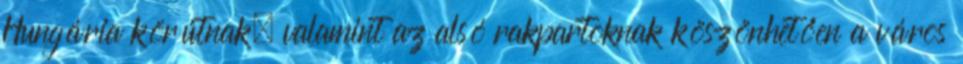
Hungária körútnak, valamint az alsó rakpartoknak köszönhetően a város